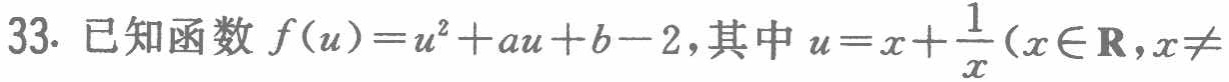
33. 已知函数$f(u)=u^{2}+au + b - 2$,其中$u = x+\frac{1}{x}(x\in\mathbf{R},x\neq$